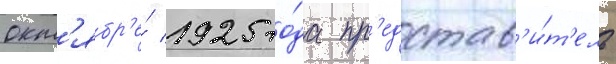
окт'ябр'е́ 1925 го́да пр'едстав'и́т'ель